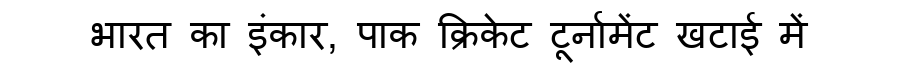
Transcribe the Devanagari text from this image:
भारत का इंकार, पाक क्रिकेट टूर्नामेंट खटाई में